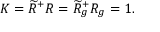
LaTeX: K = \widetilde { R } ^ { + } R = \widetilde { R } _ { g } ^ { + } R _ { g } = 1 .